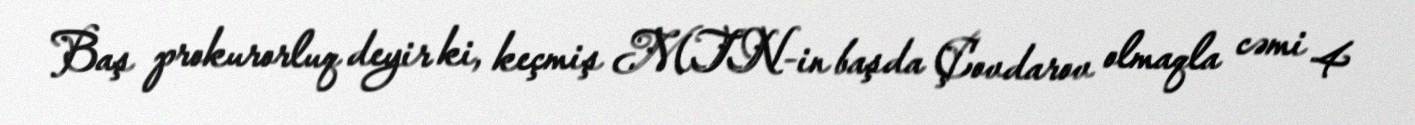
Baş prokurorluq deyir ki, keçmiş MTN-in başda Çovdarov olmaqla cəmi 4